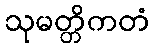
သုမတ္တိကတံ